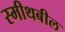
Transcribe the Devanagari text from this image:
स्मीथबील